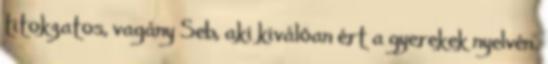
titokzatos, vagány Seb, aki kiválóan ért a gyerekek nyelvén.